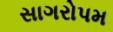
સાગરોપમ